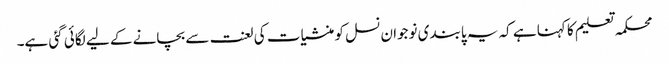
محکمہ تعلیم کا کہنا ہے کہ یہ پابندی نوجوان نسل کو منشیات کی لعنت سے بچانے کے لیے لگائی گئی ہے۔